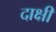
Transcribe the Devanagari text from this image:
दाक्षी